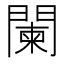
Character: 闌